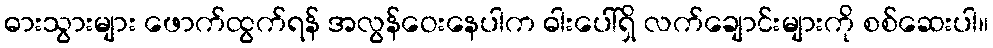
ဓားသွားများ ဖောက်ထွက်ရန် အလွန်ဝေးနေပါက ဓါးပေါ်ရှိ လက်ချောင်းများကို စစ်ဆေးပါ။